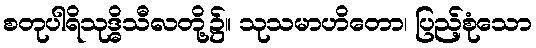
စတုပါရိသုဒ္ဓိသီလတို့၌။ သုသမာဟိတော၊ ပြည့်စုံသော